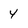
Character: 4